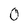
Character: 0